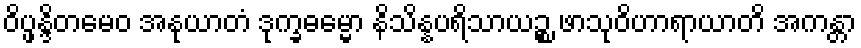
ဝိပ္ဖန္ဒိတမေဝ အနုယာတံ ဒုက္ခဓမ္မော နိသိန္နပရိသာယဉ္စ ဖာသုဝိဟာရာယာတိ အကန္တာ